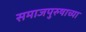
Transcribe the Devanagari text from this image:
समाजपुरुषाच्या